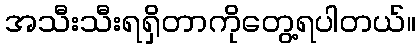
အသီးသီးရရှိတာကိုတွေ့ရပါတယ်။